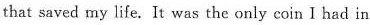
that saved my life.It was the only coin I had in